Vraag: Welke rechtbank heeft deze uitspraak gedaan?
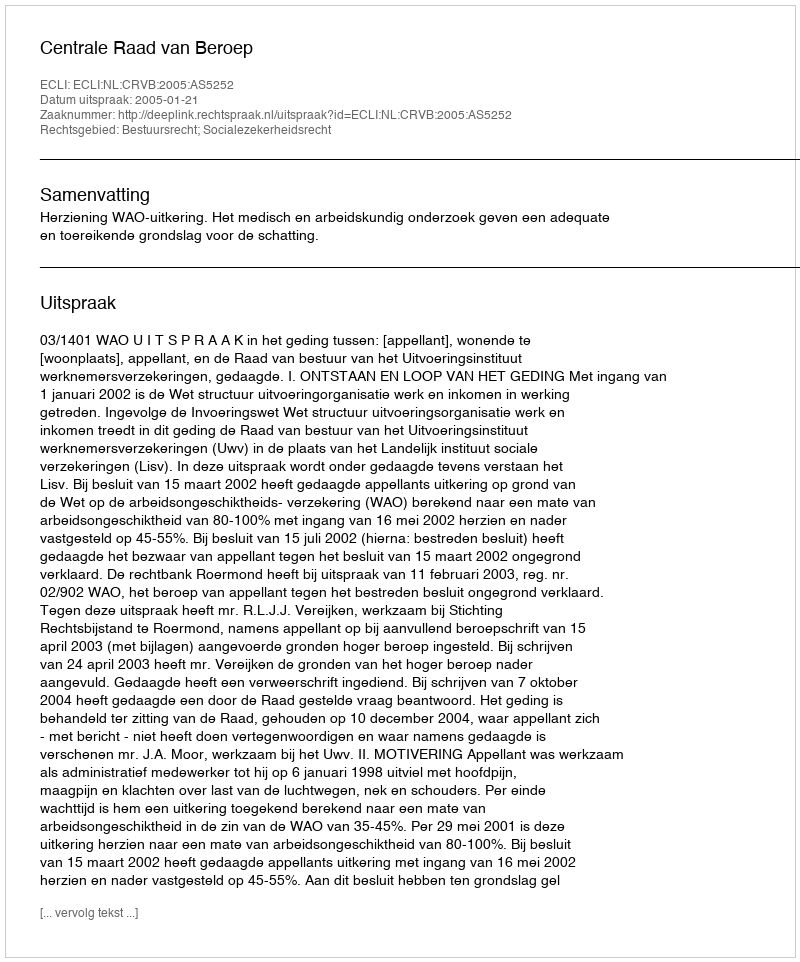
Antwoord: Centrale Raad van Beroep